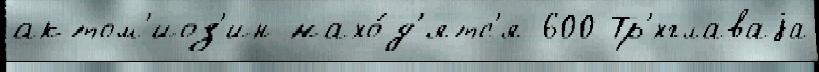
актом'иоз'ин нахо́д'ятс'я 600 Тр'́хглаваjа